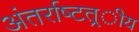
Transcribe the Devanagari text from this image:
अंतर्राष्‍टत्र्ीय